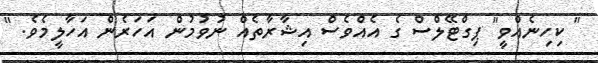
" ކިހިނެއްވީ" ޕިގްޓޭލްސް ގެ އެއްވެސް އިޝާރާތެއް ނުވުމުން އަހަރެން އަހާލީމެވެ. "